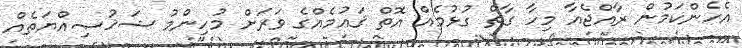
އެހެންކަމުން ރާއްޖެއާ މިހާ ގާތް ގުޅުމެއް އޮތް ޤައުމެއްގެ ވަރަށް މުހިންމު ޝަޚުޞިއްޔަތެއް